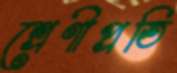
শ্রেণীপ্রতি